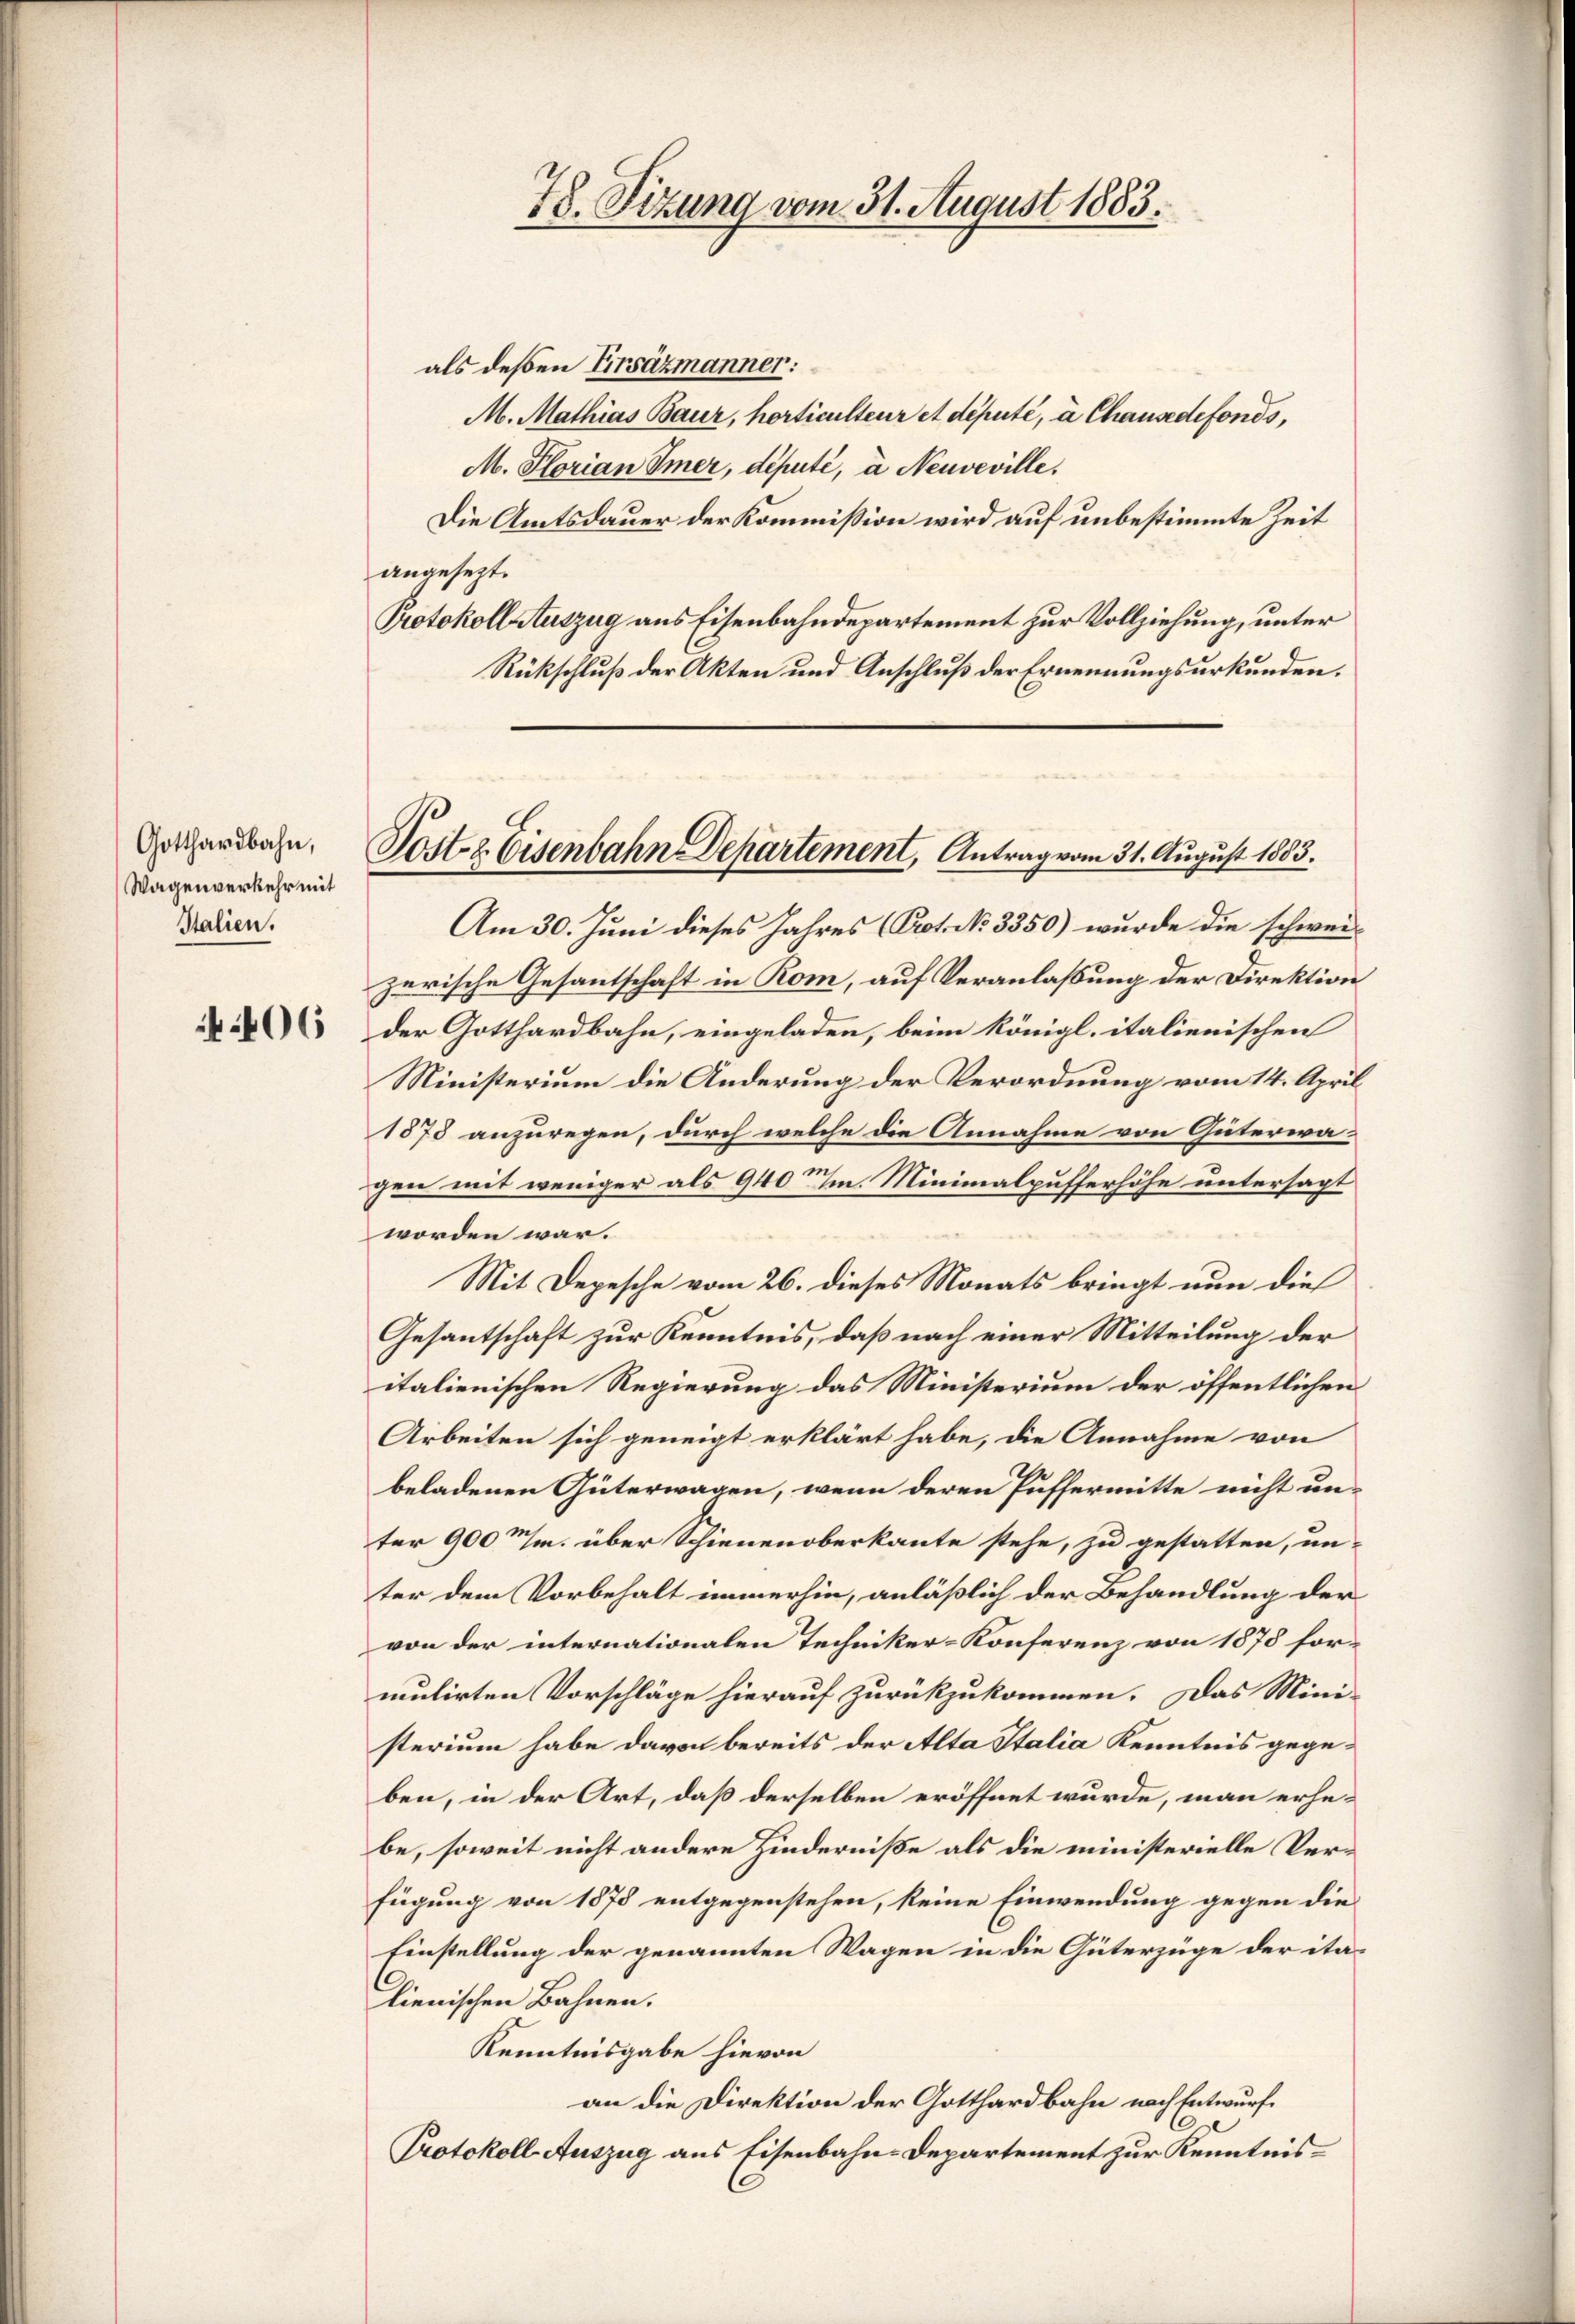
Gotthardbahn,
Wagenverkehr mit
Italien.

06

78. Sizung vom 31. August 1883.

als deßen Firsäzmanner:
M. Mathias Baur, horticulteur et député, à Chausedefonds,
M. Florian Imer, député, à Neuveville.
Die Amtsdauer der Kommission wird auf unbestimmte Zeit
angesezt.
Protokoll Auszug aus Eisenbahndepartement zur Vollziehung, unter
Rückschluß der Akten und Anschluß der Ernennungsurkunden.

Torte Eisenbahn Departement, Antrag vom 31. August 1883.

Am 30. Juni dieses Jahres (Prot. No. 3350) wurde die schweizerische Gesantschaft in Rom, auf Veranlaßung der Direktion
der Gotthardbahn, eingeladen, beim Königl. italienischen
Ministerium die Änderung der Verordnung vom 14. April
1873 anzuregen, durch welche die Annahme von Güterwa-
gen mit weniger als 940 Minimalpufferhöhe untersagt
worden war.
Mit Depesche vom 26. dieses Monats bringt nun dies
Gesantschaft zur Kenntnis, daß nach einer Mitteilung der
italienischen Regierung das Ministerium der öffentlichen
Arbeiten sich geneigt erklärt habe, die Annahme von
beladenen Güterwagen, wenn deren Puffermitte nicht un-
ter 900m/m. über Schienenoberkannte stehe, zu gestatten, un-
ter dem Vorbehalt immerhin, anläßlich der Behandlung der
von der internationalen Techniker-Konferenz von 1878 for-
mulirten Vorschläge hierauf zurückzukommen. Das Mini-
sterium habe davon bereits der Alta Italia Kenntnis gegeben, in der Art, daß derselben eröffnet wurde, man erhebe, soweit nicht andere Hinderniße als die ministerielle Verfügung von 1878 entgegenstehen, keine Einwendung gegen die
Einstellung der genannten Wagen in die Güterzüge der italienischen Bahnen.
Kenntnisgabe hievon
an die Direktion der Gotthardbahn nach Entwurf
Protokoll Auszug aus Eisenbahn-Departement zur Kenntnis¬